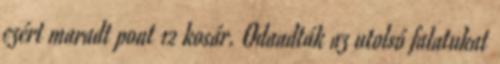
ezért maradt pont 12 kosár. Odaadták az utolsó falatukat